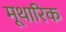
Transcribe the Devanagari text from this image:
मूथारिक